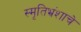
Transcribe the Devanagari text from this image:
स्मृतिभ्रंशाचे